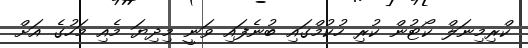
ކްރިމިނަލް ކޯޓުން ކުރި ހުކުމްގައި ބުނެފައި ވަނީ މިދިޔަ މެއި މަހުގެ އަށް